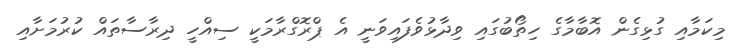
މިކަމާއި ގުޅިގެން އޮބާމާގެ ހިތޯބުގައި ވިދާޅުވެފައިވަނީ އެ ޕްރޮގްރާމަކީ ސިއްހީ ދިރާސާތައް ކުރުމަށާއި